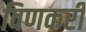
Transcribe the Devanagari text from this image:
विणकरी